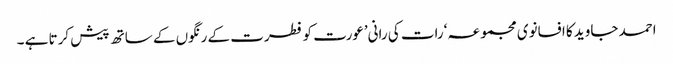
احمد جاوید کا افسانوی مجموعہ ‘رات کی رانی’عورت کو فطرت کے رنگوں کے ساتھ پیش کرتا ہے ۔